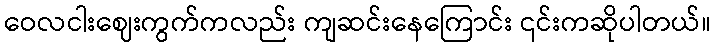
ဝေလငါးဈေးကွက်ကလည်း ကျဆင်းနေကြောင်း ၎င်းကဆိုပါတယ်။